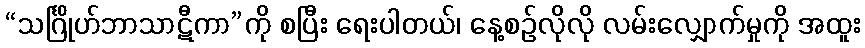
“သင်္ဂြိုဟ်ဘာသာဋီကာ”ကို စပြီး ရေးပါတယ်၊ နေ့စဉ်လိုလို လမ်းလျှောက်မှုကို အထူး